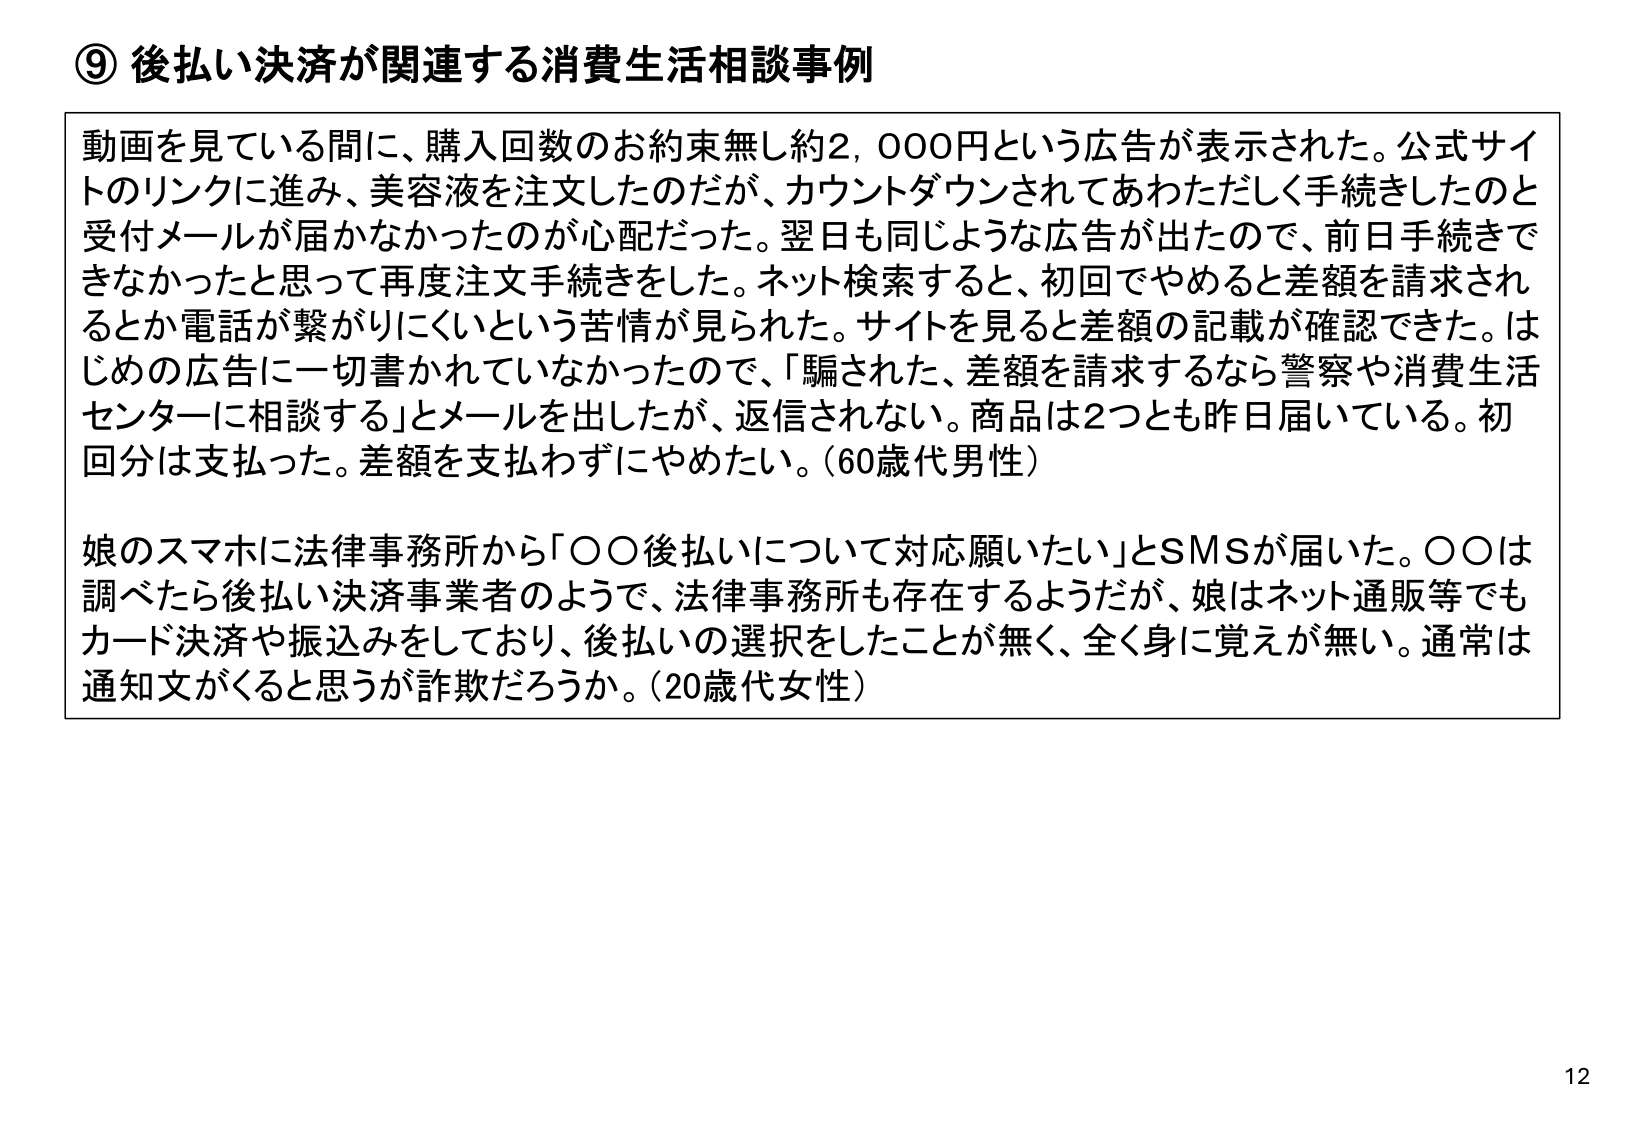
⑨ 後払い決済が関連する消費生活相談事例

動画を見ている間に、購入回数のお約束無し約2,000円という広告が表示された。公式サイトのリンクに進み、美容液を注文したのだが、カウントダウンされてあわただしく手続きしたのと受付メールが届かなかったのが心配だった。翌日も同じような広告が出たので、前日手続きできなかったと思って再度注文手続きをした。ネット検索すると、初回でやめると差額を請求されるとか電話が繋がりにくいという苦情が見られた。サイトを見ると差額の記載が確認できた。はじめの広告に一切書かれていないので、「騙された、差額を請求するなら警察や消費生活センターに相談する」とメールを出したが、返信されない。商品は2つとも昨日届いている。初回分は支払った。差額を支払わずにやめたい。（60歳代男性）

娘のスマホに法律事務所から「〇〇後払いについて対応願いたい」とSMSが届いた。〇〇は調べたら後払い決済事業者のようで、法律事務所も存在するようだが、娘はネット通販等でもカード決済や振込みをしており、後払いの選択をしたことが無く、全く身に覚えが無い。通常は通知文がくると思うが詐欺だろうか。（20歳代女性）

12